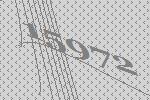
15972